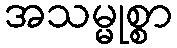
အသမ္မုစ္စာ